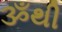
ૐથી